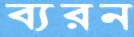
ব্যরন